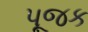
પૂજક